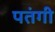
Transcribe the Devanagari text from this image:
पतंगी